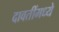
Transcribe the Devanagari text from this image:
दावतींमध्ये